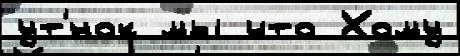
ут'́нок мы что Хому